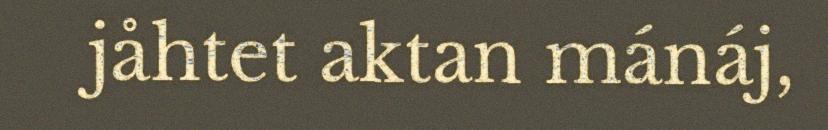
jåhtet aktan mánáj,